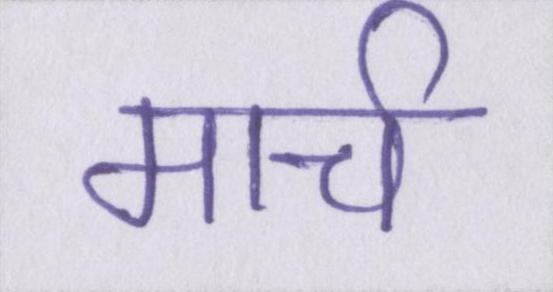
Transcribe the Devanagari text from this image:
मार्च